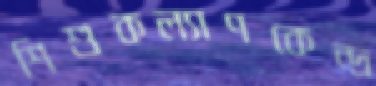
শিশুকল্যাণকেন্দ্র